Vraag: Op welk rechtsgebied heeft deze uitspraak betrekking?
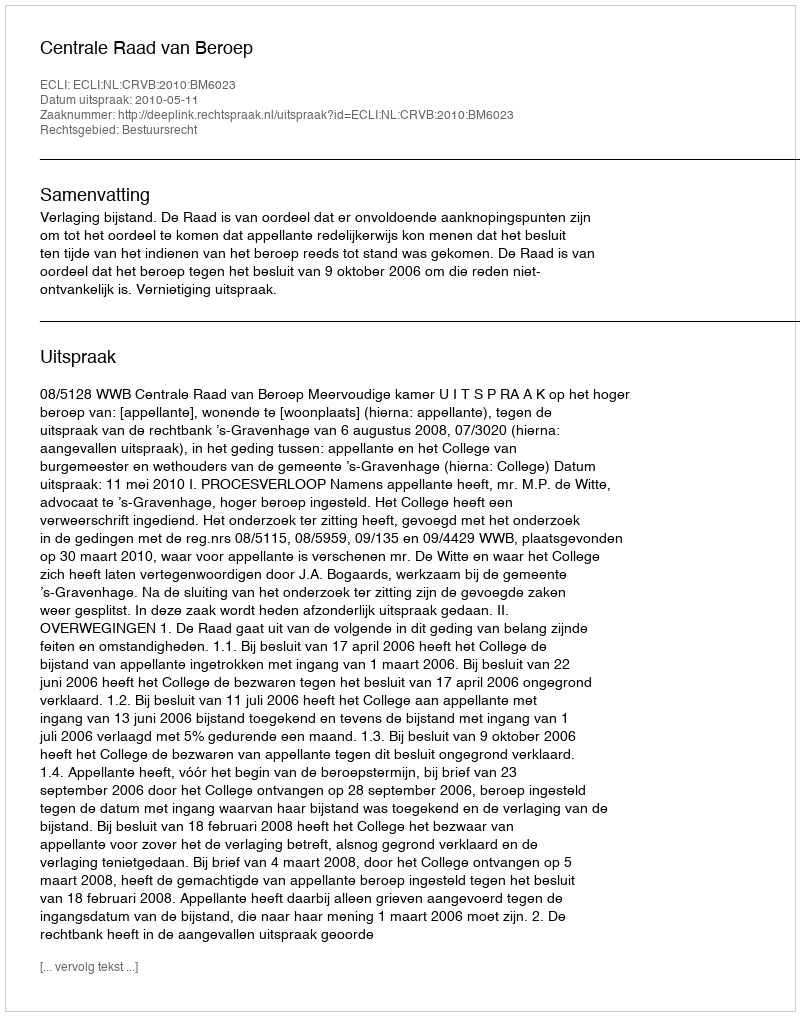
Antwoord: Bestuursrecht